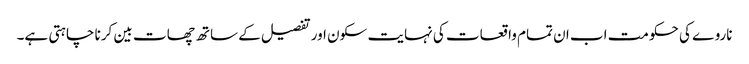
ناروے کی حکومت اب ان تمام واقعات کی نہایت سکون اور تفصیل کے ساتھ چھات بین کرنا چاہتی ہے۔